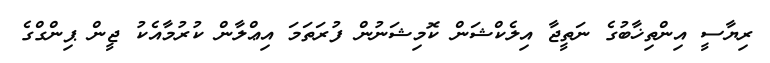
ރިޔާސީ އިންތިޚާބުގެ ނަތީޖާ އިލެކްޝަން ކޮމިޝަނުން ފުރަތަމަ އިޢްލާން ކުރުމާއެކު ޖީން ޕިންގްގެ